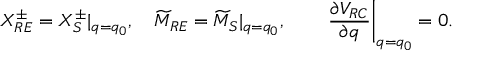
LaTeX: X _ { R E } ^ { \pm } = X _ { S } ^ { \pm } | _ { q = q _ { 0 } } , \quad \widetilde { M } _ { R E } = \widetilde { M } _ { S } | _ { q = q _ { 0 } } , \qquad \left. { \frac { \partial { \cal V } _ { R C } } { \partial q } } \right| _ { q = q _ { 0 } } = 0 .